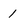
Character: 1